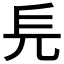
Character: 𠑿